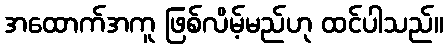
အထောက်အကူ ဖြစ်လိမ့်မည်ဟု ထင်ပါသည်။